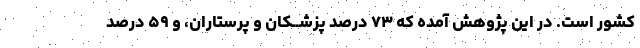
کشور است. در این پژوهش آمده که ۷۳ درصد پزشــکان و پرستاران، و ۵۹ درصد